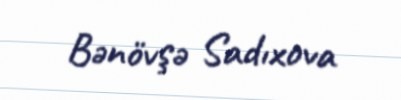
Bənövşə Sadıxova